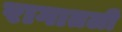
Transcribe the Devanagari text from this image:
रागातली